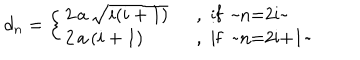
LaTeX: d _ { n } = \left\{ \left\{ \begin{cases} { { 2 \, a \, \sqrt { i ( i + 1 ) } ~ } } & { { , i f ~ n = 2 i ~ } } \\ { { 2 \, a \, ( i + 1 ) ~ } } & { { , i f ~ n = 2 i + 1 ~ } } \\ \end{cases} \right. \right.